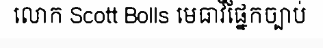
លោក Scott Bolls មេធាវីផ្នែកច្បាប់